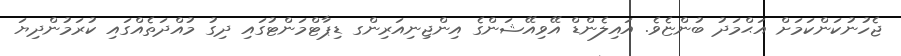
ޖެހުނުކަންކަމަށް އަޙްމަދު ބުންޏެވެ. އައިލެންޑް އޭވިއޭޝަންގެ އިންޖިނިއަރިންގ ޑިޕާޓްމަންޓުގައި ދިގު މުއްދަތެއްގައި ކުރަމުންދިޔަ